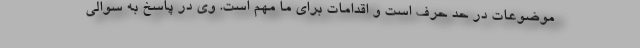
موضوعات در حد حرف است و اقدامات برای ما مهم است. وی در پاسخ به سوالی